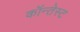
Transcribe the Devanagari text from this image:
कॉन्तेस्ट